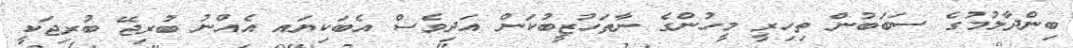
ބިންދާލުމުގެ ސަބަބުން ތިހިރީ މީހުންގެ ނާތަހުޒީބުކަން އަދިވެސް އެބަކިޔައ އެއްނު ބުރިޖޭ ބުރިޖަކީ